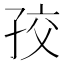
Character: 𡥡